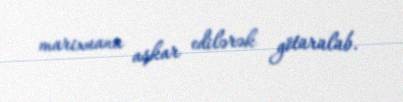
marixuana aşkar edilərək götürülüb.